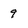
Character: 9